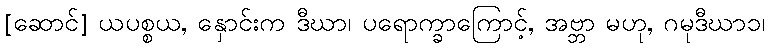
[ဆောင်] ယပစ္စယ, နှောင်းက ဒီဃာ၊ ပရောက္ခာကြောင့်, အဗ္ဘာ မဟု, ဂမုဒီဃာ၁၊